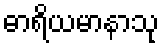
ဓာရိယမာနာသု